Report of the Indian Hemp Drugs Commission, 1894-1895 - Volume II
Year: 1894
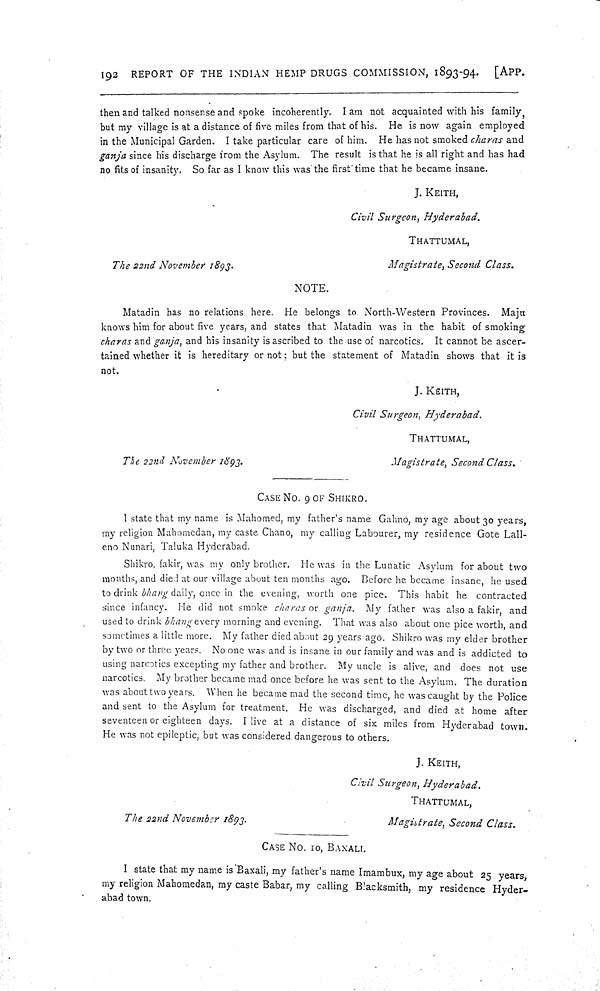
192 REPORT OF THE INDIAN HEMP DRUGS COMMISSION, 1893-94.
[APP.
then and talked nonsense and spoke incoherently. I am not acquainted with his family,
but my village is at a distance of five miles from that of his. He is now again employed
in the Municipal Garden. I take particular care of him. He has not smoked charas and
ganja since his discharge from the Asylum. The result is that he is all right and has had
no fits of insanity. So far as I know this was the first time that he became insane.
J. KEITH,
Civil Surgeon, Hyderabad.
THATTUMAL,
The 22nd November 1893.
Magistrate, Second Class.
NOTE.
Matadin has no relations here. He belongs to North-Western Provinces. Maju
knows him for about five years, and states that Matadin was in the habit of smoking
charas and ganja, and his insanity is ascribed to the use of narcotics. It cannot be ascer-
tained whether it is hereditary or not; but the statement of Matadin shows that it is
not.
J. KEITH,
Civil Surgeon, Hyderabad.
THATTUMAL,
The 22nd November 1893.
Magistrate, Second Class.
CASE NO. 9 OF SHIKRO.
I state that my name is Mahomed, my father's name Gahno, my age about 30 years,
my religion Mahomedan, my caste Chano, my calling Labourer, my residence Gote Lall-
eno Nunari, Taluka Hyderabad.
Shikro, fakir, was my only brother. He was in the Lunatic Asylum for about two
months, and died at our village about ten months ago. Before he became insane, he used
to drink bhang daily, once in the evening, worth one pice. This habit he contracted
since infancy. He did not smoke charas or ganja. My father was also a fakir, and
used to drink bhang every morning and evening. That was also about one pice worth, and
sometimes a little more. My father died about 29 years ago. Shikro was my elder brother
by two or three years. No one was and is insane in our family and was and is addicted to
using narcotics excepting my father and brother. My uncle is alive, and does not use
narcotics. My brother became mad once before he was sent to the Asylum. The duration
was about two years. When he became mad the second time, he was caught by the Police
and sent to the Asylum for treatment. He was discharged, and died at home after
seventeen or eighteen days. I live at a distance of six miles from Hyderabad town.
He was not epileptic, but was considered dangerous to others.
J. KEITH,
Civil Surgeon, Hyderabad.
THATTUMAL,
The 22nd November 1893.
Magistrate, Second Class.
CASE NO. 10, BAXALI.
I state that my name is Baxali, my father's name Imambux, my age about 25 years,
my religion Mahomedan, my caste Babar, my calling Blacksmith, my residence Hyder-
abad town.